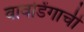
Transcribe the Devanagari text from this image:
वावडिंगाची